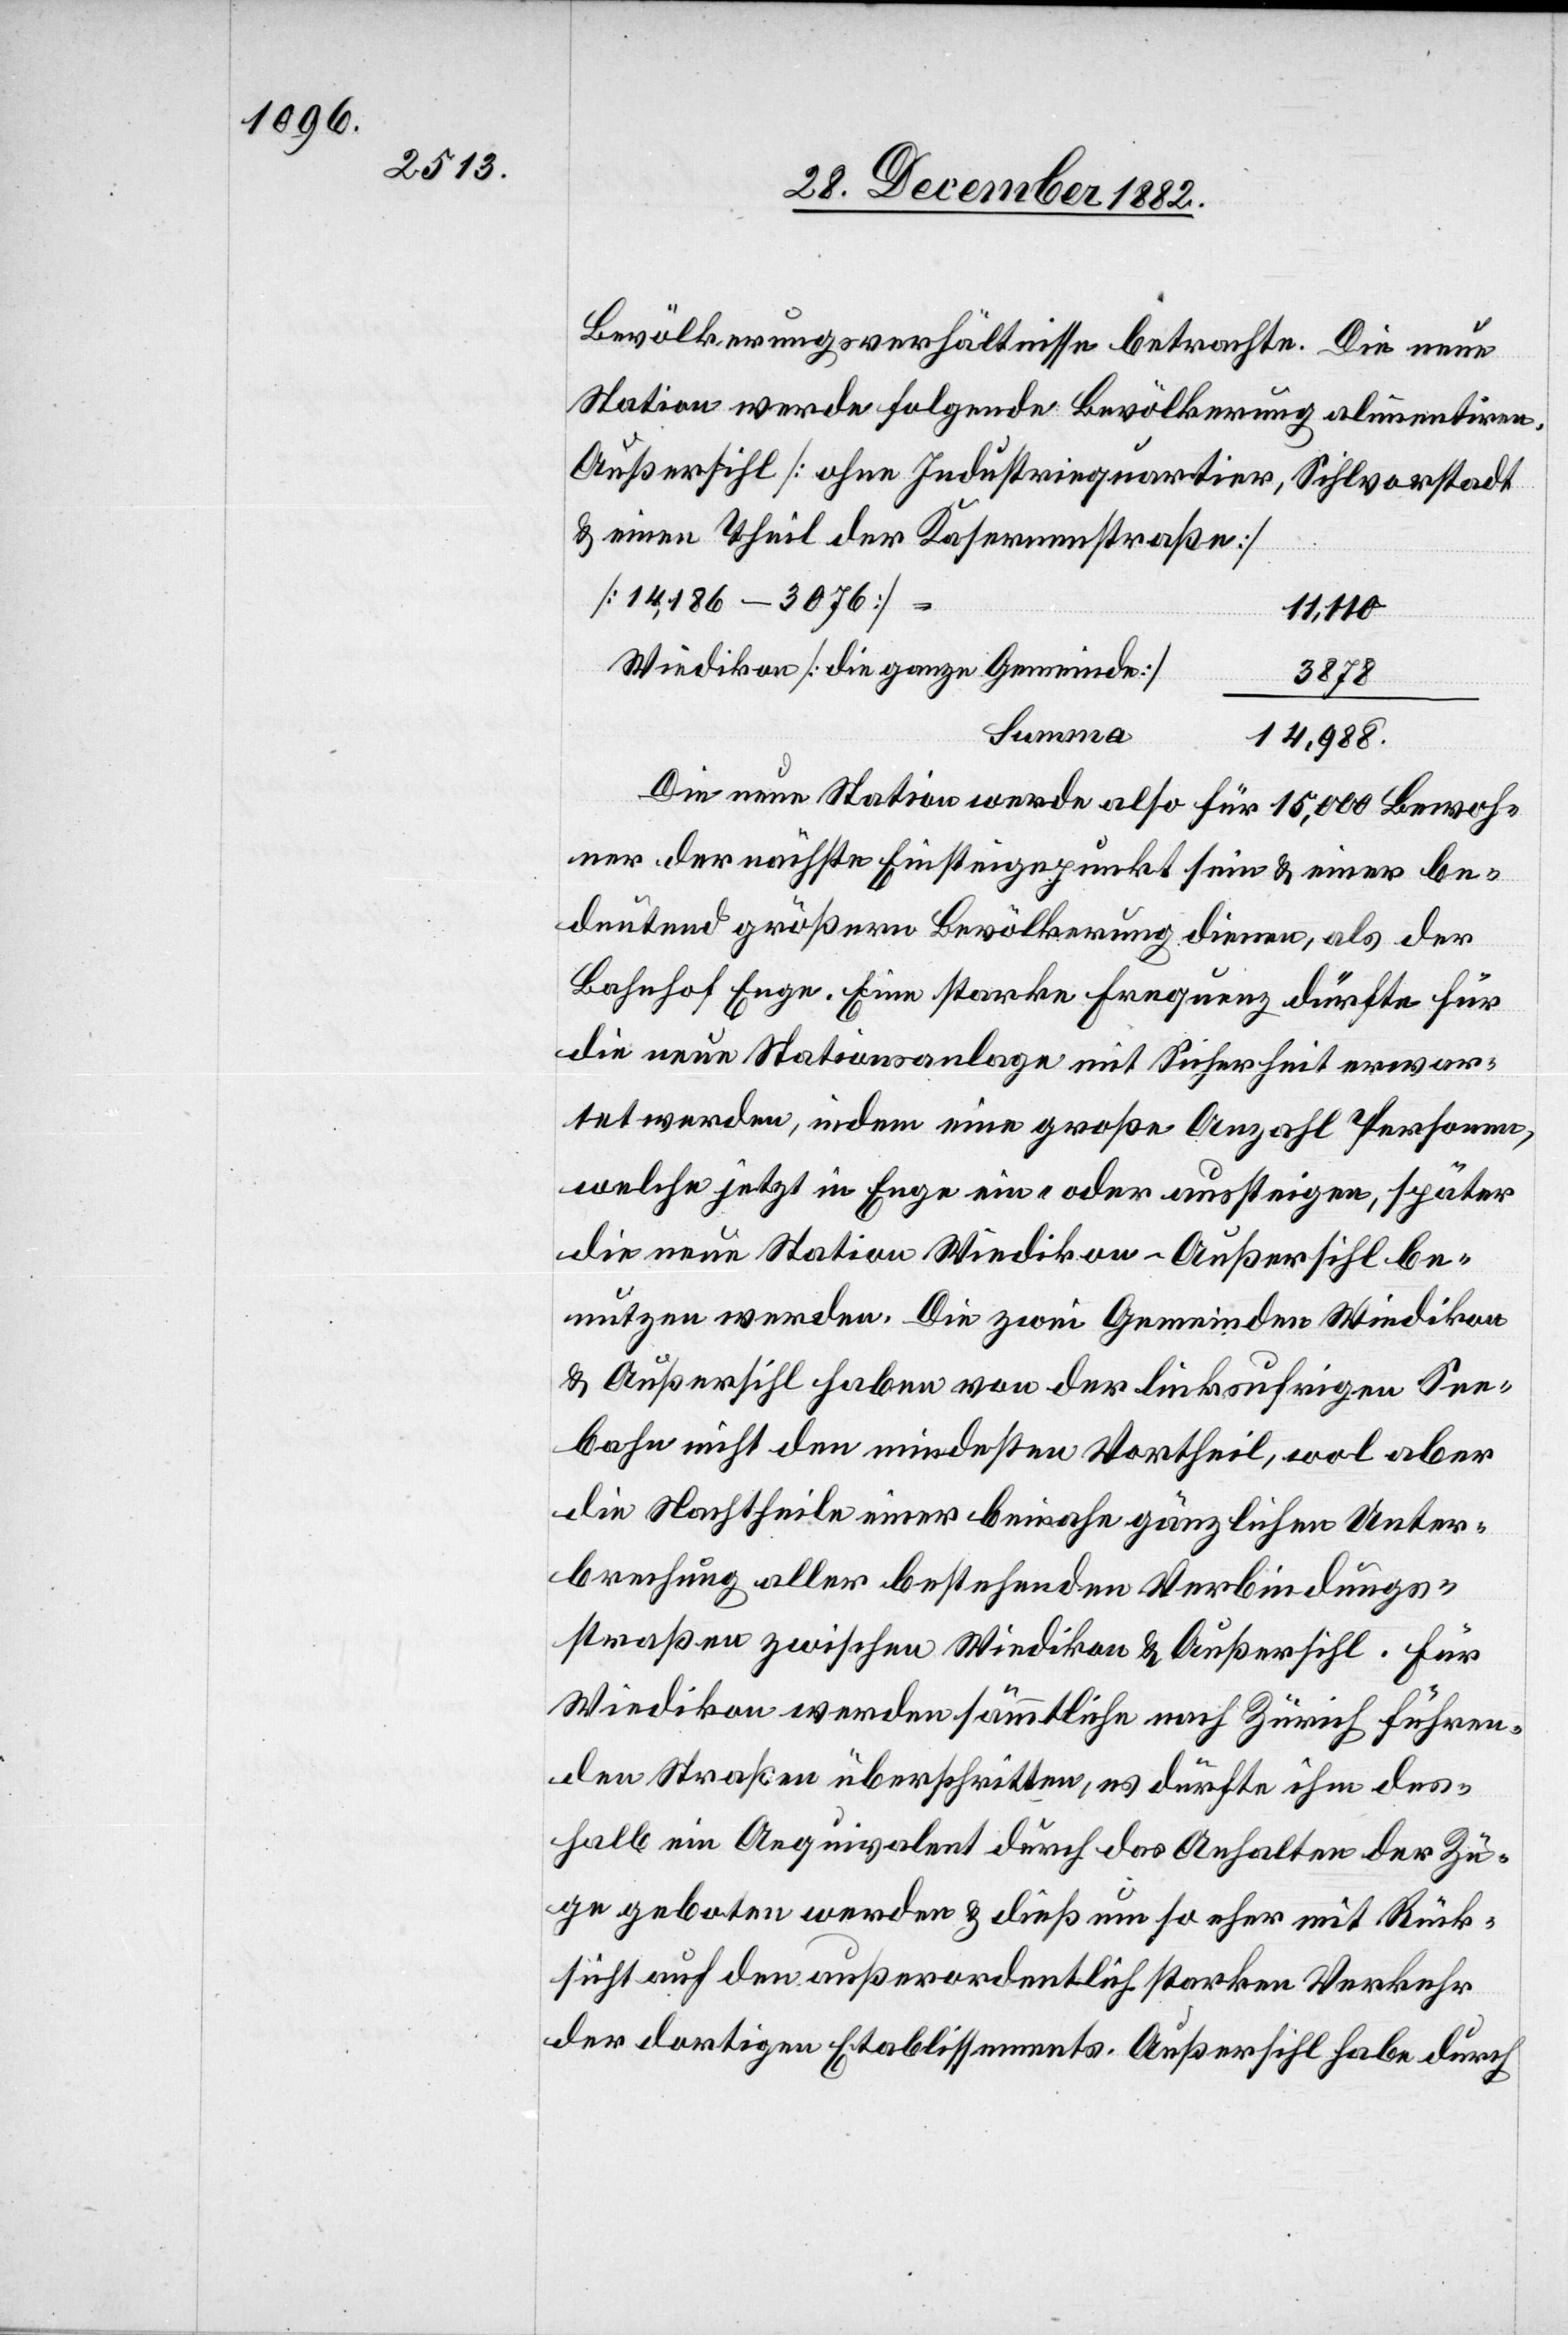
Bevölkerungsverhältnisse betrachte. Die neue
Station werde folgende Bevölkerung alimentiren:
Außersihl [ohne Industriequartier,
Sihlvorstadt
& einen Theil der Kasernenstraße]
[14,186-3076]
11,110
Wiedikon [die ganze Gemeinde]
3878
Summa
14,988.
Die neue Station werde also für 15,000 Bewoh¬
ner der nächste Einsteigepunkt sein & einer be¬
deutend größern Bevölkerung dienen, als der
Bahnhof Enge. Eine starke Frequenz dürfte für
die neue Stationsanlage mit Sicherheit erwar¬
tet werden, indem eine große Anzahl Personen,
welche jetzt in Enge ein- oder aussteigen, später
die neue Station Wiedikon-Außersihl be¬
nutzen werden. Die zwei Gemeinden Wiedikon
& Außersihl haben von der linksufrigen See¬
bahn nicht den mindesten Vortheil, wol aber
die Nachtheile einer beinahe gänzlichen Unter¬
brechung aller bestehenden Verbindungs¬
straßen zwischen Wiedikon & Außersihl. Für
Wiedikon werden sämmtliche nach Zürich führen¬
den Straßen überschritten, es dürfte ihm des¬
halb ein Aequivalent durch das Anhalten der Zü¬
ge geboten werden & dieß um so eher mit Rück¬
sicht auf den außerordentlich starken Verkehr
der dortigen Etablissements. Außersihl habe durch